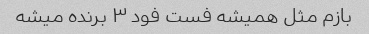
بازم مثل همیشه فست فود ۳ برنده میشه